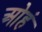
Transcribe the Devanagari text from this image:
ओहं